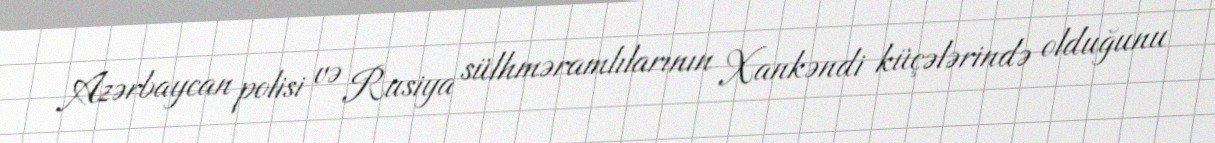
Azərbaycan polisi və Rusiya sülhməramlılarının Xankəndi küçələrində olduğunu